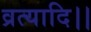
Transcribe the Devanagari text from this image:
व्रत्यादि।।